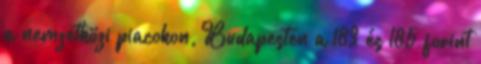
a nemzetközi piacokon, Budapesten a 183 és 185 forint